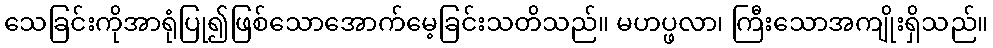
သေခြင်းကိုအာရုံပြု၍ဖြစ်သောအောက်မေ့ခြင်းသတိသည်။ မဟပ္ဖလာ၊ ကြီးသောအကျိုးရှိသည်။